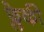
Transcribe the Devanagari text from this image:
फ्लेकी